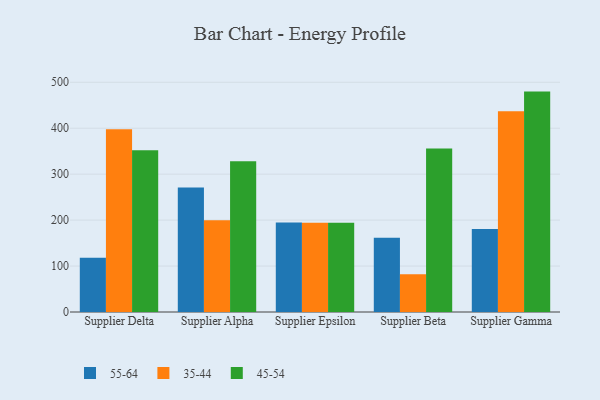
{"axis": {"x": "Supplier", "y": "Bounce Rate (%)"}, "legend": ["35-44", "45-54", "55-64"], "data": [{"x": "Supplier Delta", "y": 118.1, "type": "55-64"}, {"x": "Supplier Delta", "y": 397.7, "type": "35-44"}, {"x": "Supplier Delta", "y": 352.1, "type": "45-54"}, {"x": "Supplier Alpha", "y": 270.8, "type": "55-64"}, {"x": "Supplier Alpha", "y": 199.9, "type": "35-44"}, {"x": "Supplier Alpha", "y": 328.2, "type": "45-54"}, {"x": "Supplier Epsilon", "y": 195.0, "type": "55-64"}, {"x": "Supplier Epsilon", "y": 194.1, "type": "35-44"}, {"x": "Supplier Epsilon", "y": 194.0, "type": "45-54"}, {"x": "Supplier Beta", "y": 161.4, "type": "55-64"}, {"x": "Supplier Beta", "y": 82.0, "type": "35-44"}, {"x": "Supplier Beta", "y": 355.8, "type": "45-54"}, {"x": "Supplier Gamma", "y": 180.6, "type": "55-64"}, {"x": "Supplier Gamma", "y": 437.0, "type": "35-44"}, {"x": "Supplier Gamma", "y": 479.7, "type": "45-54"}]}